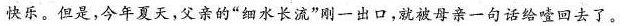
快乐。但是，今年夏天，父亲的”细水长流”刚一出口，就被母亲一句话给唾回去了。